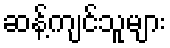
ဆန့်ကျင်သူများ